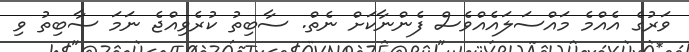
ވަރުގެ އެއްމެ މައްސަލައެއްވެސް ފެންނާކަށް ނެތް. ސާބިތު ކުރެވިއްޖެ ނަމަ ސާބިތު ވި